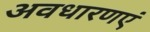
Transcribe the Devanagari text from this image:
अवधारणएं